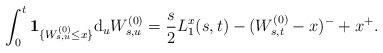
LaTeX: \begin{align*}\int_0^t\mathbf{1}_{\{W^{(0)}_{s,u}\leq x\}}\mathrm{d}_uW^{(0)}_{s,u}=\frac{s}{2}L^x_1(s,t)-(W^{(0)}_{s,t}-x)^{-}+x^{+}.\end{align*}